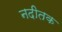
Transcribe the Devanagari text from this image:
नदीतक